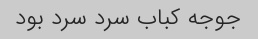
جوجه کباب سرد سرد بود